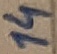
Text: 14